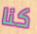
كنا